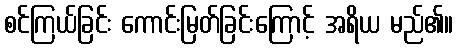
စင်ကြယ်ခြင်း ကောင်းမြတ်ခြင်းကြောင့် အရိယ မည်၏။